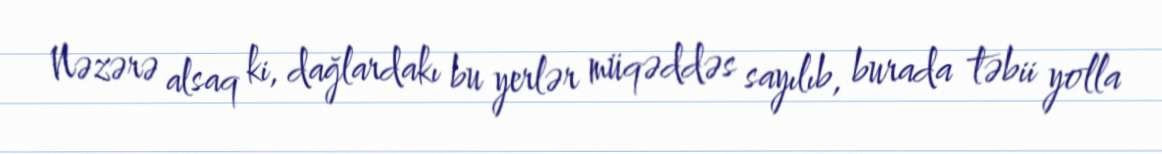
Nəzərə alsaq ki, dağlardakı bu yerlər müqəddəs sayılıb, burada təbii yolla